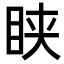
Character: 𥅴